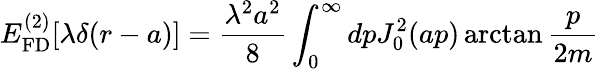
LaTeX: E_{\mathrm{FD}}^{(2)}[\lambda\delta(r-a)]=\frac{\lambda^{2}a^{2}}{8}\int_{0}^{\infty}dpJ_{0}^{2}(ap)\arctan\frac{p}{2m}